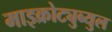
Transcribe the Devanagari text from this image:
माइक्रोट्युब्युल